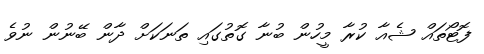
ފޮޓޯތައް ޝެއާ ކުރާ މީހުން ބުނާ ގޮތުގައި ތަނަކަށް ދާން ބޭނުން ނުވެ